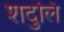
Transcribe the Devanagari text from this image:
शदुलि